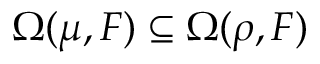
\Omega ( \mu , F ) \subseteq \Omega ( \rho , F )